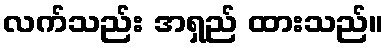
လက်သည်း အရှည် ထားသည်။